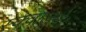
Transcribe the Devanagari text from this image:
स्क्वाड्रनें।